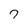
Character: 7